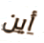
أين